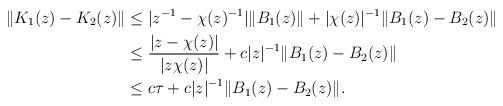
LaTeX: \begin{align*} \| K_1(z)- K_2(z) \| & \le | z^{-1}-\chi(z)^{-1}| \| B_1(z)\| + |\chi(z)|^{-1}\|B_1(z)-B_2(z)\| \\ & \le \frac{|z-\chi(z)|}{|z\chi(z)|} + c|z|^{-1}\|B_1(z)-B_2(z)\| \\ &\le c \tau + c|z|^{-1}\|B_1(z)-B_2(z)\| .\end{align*}